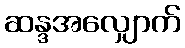
ဆန္ဒအလျှောက်